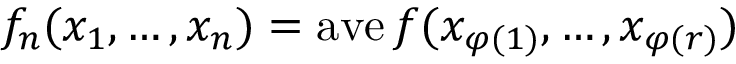
f _ { n } ( x _ { 1 } , \ldots , x _ { n } ) = \operatorname { a v e } f ( x _ { \varphi ( 1 ) } , \ldots , x _ { \varphi ( r ) } )